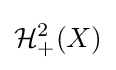
{\mathcal {H}}_{+}^{2}(X)